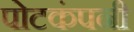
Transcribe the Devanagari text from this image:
पोटकंपनी